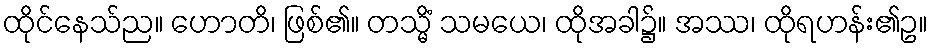
ထိုင်နေသ်ည။ ဟောတိ၊ ဖြစ်၏။ တသ္မိံ သမယေ၊ ထိုအခါ၌။ အဿ၊ ထိုရဟန်း၏ဥ။